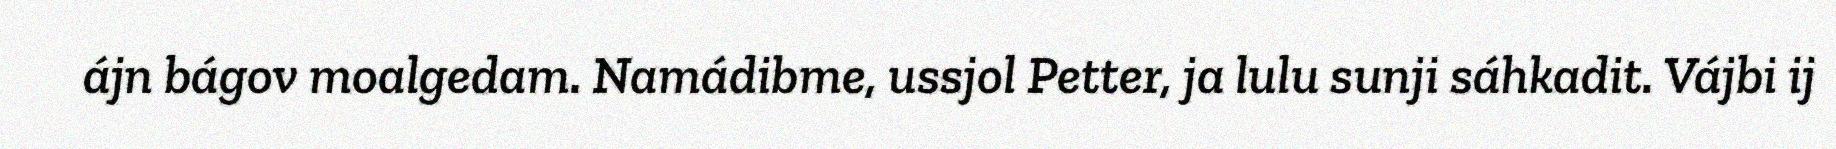
ájn bágov moalgedam. Namádibme, ussjol Petter, ja lulu sunji sáhkadit. Vájbi ij